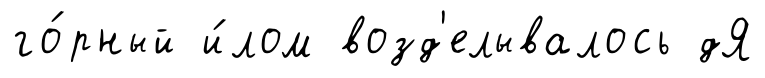
го́рный и́лом возд'елывалось дЯ